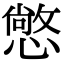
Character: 𢢌